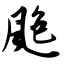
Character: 飑